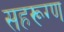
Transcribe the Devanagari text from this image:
सहरूग्ण